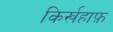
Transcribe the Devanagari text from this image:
किर्खहाफ़